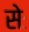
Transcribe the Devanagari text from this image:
सेः